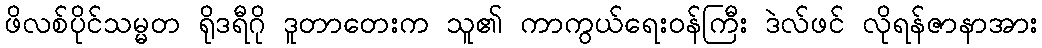
ဖိလစ်ပိုင်သမ္မတ ရိုဒရီဂို ဒူတာတေးက သူ၏ ကာကွယ်ရေးဝန်ကြီး ဒဲလ်ဖင် လိုရန်ဇာနာအား